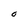
Character: O